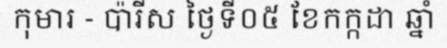
កុមារ - ប៉ារីស ថ្ងៃទី០៥ ខែកក្កដា ឆ្នាំ